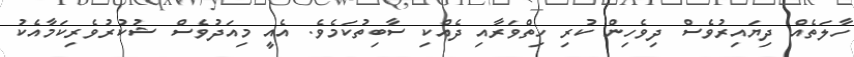
ހާލަތެއް ދިޔައިރުވެސް ދިވެހިން ކުރި ހިތްވަރާއި ދެއްކި ސާބިތުކަމެވެ. އެއީ މިއަދުވެސް ޝުކުރުވެރިކަމާއެކު